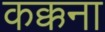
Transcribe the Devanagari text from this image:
कक्कना